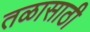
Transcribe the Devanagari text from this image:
तळासाठी